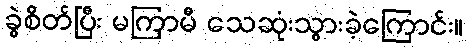
ခွဲစိတ်ပြီး မကြာမီ သေဆုံးသွားခဲ့ကြောင်း။